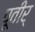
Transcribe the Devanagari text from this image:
पूवीर्